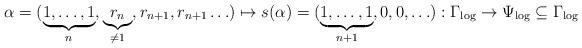
LaTeX: \begin{align*}\alpha = (\underbrace{1,\ldots,1}_n,\underbrace{r_n}_{\neq 1},r_{n+1},r_{n+1}\ldots) \mapsto s(\alpha) = (\underbrace{1,\ldots,1}_{n+1},0,0,\ldots):\Gamma_{\log}\to\Psi_{\log}\subseteq\Gamma_{\log}\end{align*}